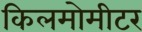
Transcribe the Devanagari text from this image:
किलमोमीटर